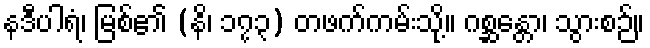
နဒီပါရံ၊ မြစ်၏ (နိ၊ ၁၇၃) တဖက်ကမ်းသို့။ ဂစ္ဆန္တော၊ သွားစဉ်။